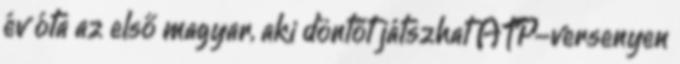
év óta az első magyar, aki döntőt játszhat ATP-versenyen